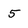
Character: 5